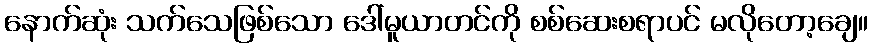
နောက်ဆုံး သက်သေဖြစ်သော ဒေါ်မူယာတင်ကို စစ်ဆေးစရာပင် မလိုတော့ချေ။